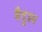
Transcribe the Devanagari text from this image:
वैदुश्य